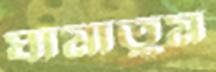
ঘামাতুম